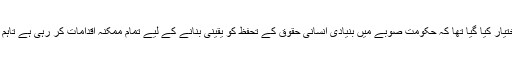
واضح رہے کہ بلوچستان کے ایڈووکیٹ جنرل کی جانب سے پیش کردہ اس رپورٹ میں موقف اختیار کیا گیا تھا کہ حکومت صوبے میں بنیادی انسانی حقوق کے تحفظ کو یقینی بنانے کے لیے تمام ممکنہ اقدامات کر رہی ہے تاہم اس رپورٹ میں اس بات کا ذکر نہیں تھا حکومت لاپتہ افراد سے متعلق کیا اقدامات کر رہی ہے۔